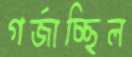
গর্‌জাচ্ছিল